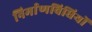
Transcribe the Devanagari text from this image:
निर्माणविधियों